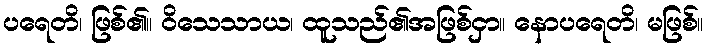
ပရေတိ၊ ဖြစ်၏။ ဝိသေသာယ၊ ထူသည်၏အဖြစ်ငှာ။ နောပရေတိ၊ မဖြစ်။